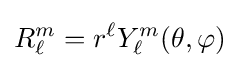
R_{\ell }^{m}=r^{\ell }Y_{\ell }^{m}(\theta ,\varphi )